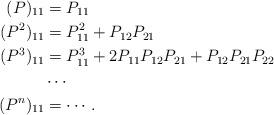
LaTeX: \begin{align*}(P)_{11}&= P_{11}\\(P^2)_{11}&= P_{11}^2+P_{12} P_{21}\\(P^3)_{11}&= P_{11}^3+2 P_{11} P_{12} P_{21} + P_{12}P_{21}P_{22}\\&\cdots \\(P^n)_{11}&=\cdots. \end{align*}